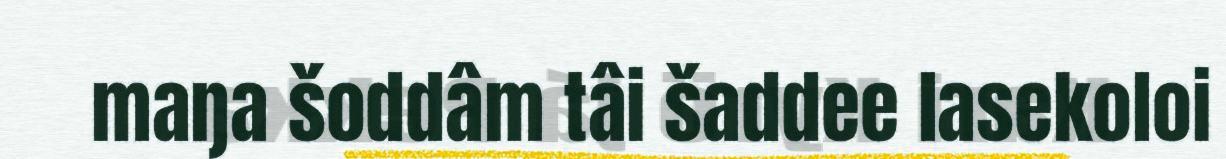
maŋa šoddâm tâi šaddee lasekoloi